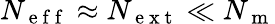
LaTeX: N_{\mathrm{~e~f~f~}}\approx N_{\mathrm{~e~x~t~}}\ll N_{\mathrm{~m~}}